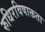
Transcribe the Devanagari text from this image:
रुधिरविषाक्तता